Report on horse surra - Volume II, Part II
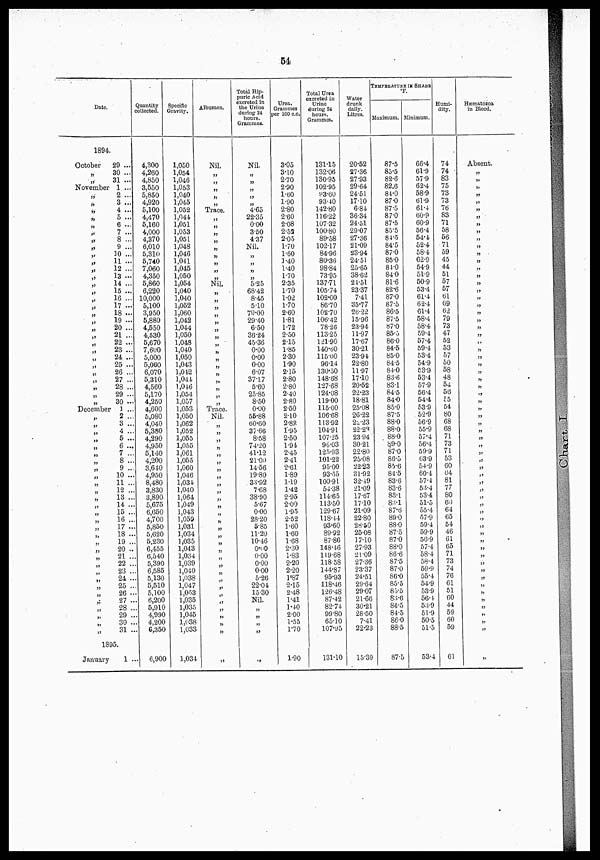
64
Date.
1894
October
„
„
November
„
„
„
„
„
„
„
„
„
„
„
„
„
„
„
„
„
„
„
„
„
„
„
„
„
„
„
„
„
December
„
„
„
„
„
„
„
„
„
„
„
„
„
„
„
„
„
„
„
„
„
„
„
„
„
„
„
„
„
„
29 ...
30 ...
31 ...
1 ...
2 ...
3 ...
4 ...
5 ...
6 ...
7 ...
8 ...
9 ...
30 ...
11 ...
12 ...
13 ...
14 ...
15 ...
16 ...
17 ...
18 ...
19 ...
20 ...
21 ...
22 ...
23 ...
24 ...
25 ...
26 ...
27 ...
28 ...
29 ...
30 ...
1 ...
2 ...
3 ...
4 ...
5 ...
6 ...
7 ...
8 ...
9 ...
10 ...
11 ...
12 ...
13 ...
14 ...
15 ...
16 ...
17 ...
18 ...
19 ...
20 ..
21 ...
22 ...
23 ...
24 ...
25 ...
26 ...
27 ...
28 ...
29 ...
30 ...
31 ...
1895.
January
1 ..
Quantity
collected.
4,300
4,260
4,850
3,550
5,850
4,920
5,100
4,470
5,160
4,000
4,370
6,010
5,310
5,740
7,060
4,350
5,860
6,220
10,000
5,100
3,950
5,880
4,550
4,530
5,670
7,600
5,000
5,060
6,070
5,310
4,560
5,170
4,250
4,600
5,080
4,040
5,380
4,290
4,950
5,140
4,200
3,640
4,950
8,480
3,830
3,890
5,675
6,650
4,700
5,850
5,620
5,230
6,455
6,540
5,390
6,585
5,130
5,510
5,100
6,200
5,„0
4,990
4,200
6,350
6,900
Specific
Gravity.
1,050
1,054
1,046
1,053
1,040
1,045
1,052
1,044
1,051
1,053
1,051
1,048
1,046
1,041
1,045
1,050
1,054
1,040
1,040
1,052
1,060
1,042
1,044
1,050
1,048
1,040
1,050
1,043
1,012
1,044
1,046
1,054
1,057
1,053
1,050
1,062
1,052
1,055
1,055
1,061
1,055
1,060
1,046
1,03 4
1,040
1,064
1,049
1,043
1,059
1,031
1,034
1,035
1,043
1,034
1,039
1,040
1,038
1,047
1,053
1,035
1,035
1,045
1,038
1,033
1,034
Albumen.
Nil.
„
„
„
„
„
Trace.
„
„
„
„
„
„
„
„
„
Nil.
„
„
„
„
„
„
„
„
„
„
„
„
„
„
„
„
Trace.
Nil.
„
„
„
„
„
„
„
„
„
„
„
„
„
„
„
„
„
„
„
„
„ „
„
„
„
„
„
„
„
„
Total Hip¬
puric Acid
excreted in
the Urine
during 24
hours.
Grammes.
Nil.
„
„
„
„
„
4.65
22.35
o.oo
350
4.37
Nil.
„
„
„
„
5.25
68.42
8.45
5.10
79.00
29.40
6.50
36.24
45.36
0.00
0.00
0.00
6.07
37.17
5.60
25.85
8.50
0.00
55.88
60.60
37.66
8.58
74.20
41.12
21.00
14.56
19.80
33.92
7.68
38.90
5.67
0.00
28.20
5.85
11.20
10.46
0.00
0-00
0-00
0.00
5.26
22.04
15.30
Nil.
„
„
„
„
„
Urea.
Grammes
per 100 c.c.
3.05
3.10
2.70
2.90
1.60
1.90
2.80
2.60
2.08
2.53
2.05
1.70
1.60
1.40
1.40
1.70
2.35
1.70
1.02
1.70
2.60
1.81
1.72
2.50
2.15
1.85
2.30
1.90
2.15
2.80
2.80
2.40
2.80
2.50
2.10
2.82
1.95
2.50
1.94
2.45
2.41
2.61
1.89
1.19
1.42
2.95
2.00
1.95
2.52
1.60
1.60
1.68
2.30
1.83
2.20
2.20
1.87
2.15
2.48
1.41
1.40
2.00
1.55
1.70
1.90
Total Urea
excreted in
Urine
during 24
hours.
Grammes.
131.15
132.06
130.95
102.95
93.60
93.40
142.80
116.22
107.32
100.80
89.58
102.17
84.96
80.36
98.84
73.95
137.71
105.74
102.00
86.70
10270
106.42
78.26
113.25
121.90
140.60
115.00
96.14
130.50
148.68
127.68
124.08
119.00
115.00
106.68
113.92
104.„
107.25
96.03
125.93
101.22
95.00
93.55
100.„
54.38
114.65
113.50
129.67
118.44
93.60
89.92
87.86
148.46
119.68
118.58
144.87
95.93
118.46
126.48
87.42
82.74
99.80
65.10
107.95
131.10
Water
drunk
daily
liters
20.52
27.36
27.93
29.64
24.51
17.10
6.84
36.34
24.51
29.07
27.36
21.09
23.94
24.51
25.65
38.62
24.51
23.37
7.41
35.77
26.22
15.96
23.94
11.97
17.67
30.21
23.94
22.80
11.97
17.10
20.52
22.23
18.81
25.08
26.22
22.23
22.23
23.94
30.21
22.80
25.08
22.23
31.92
32.49
21.09
17.67
17.10
21.09
22.80
28.50
25.08
17.10
27.93
21.09
27.36
23.37
24.51
29.64
29.07
21.66
30.21
28.50
7.41
22.23
15.39
TEMPERATURE IN SHADE
°F.
Maximum.
87.5
85.5
82.6
82.6
84.0
87.0
87.5
87.0
87.5
85.5
84.5
84.5
87.0
85.0
84.0
84.0
81.6
82.6
87.0
87.5
86.5
87.5
87.0
85.o
86.0
84.5
85.0
84..5
84.0
83.6
83.1
84.5
84.0
85.0
87.5
88.0
88.0
88.0
89.0
87.0
86.5
85.6
84.5
83.6
83.6
83.1
83.1
87.6
89.0
88.0
87.5
87.0
88.0
86.6
87.5
87.0
86.0
85.5
85.5
83.6
84.5
84.5
86.0
88.5
87.5
Minimum.
66.4
61.9
57.9
62.4
58.9
61.9
61.4
60.9
60.9
56.4
54.4
52.4
58.4
62.9
54.9
51.9
50.9
53.4
61.4
62.4
61.4
58.4
58.4
59.4
57.4
59.4
53.4
54.9
53.9
53.4
57.9
56.4
54.4
53.9
52.9
56.9
55.9
57.4
56.4
59.9
63.9
54.9
60.4
57.4
53.4
53.4
51.5
55.4
57.9
59.4
59.9
56.9
57.4
58.4
58.4
59.9
55.4
54.9
53.9
56.4
53.9
51.9
50.5
51.5
53.4
Humi-
dity.
74
74
83
75
73
73
76
83
71
58
56
71
59
45
44
51
57
57
61
69
62
79
73
47
52
53
57
50
58
48
54
56
55
54
80
68
68
71
73
71
53
60
64
81
77
80
66
64
65
54
46
61
65
71
73
74
76
61
51
60
44
59
60
59
61
Hæmatozoa
in Blood.
Absent.
„
„
„
„
„
„
„
„
„
„
„
„
„
„
„
„
„
„
„
„
„
„
„
„
„
„
„
„
„
„
„
„
„
„
„
„
„
„
„
„
„
„
„
„
„
„
„
„
„
„
„
„
„
„
„
„
„
„
„
„
„
„
„
„